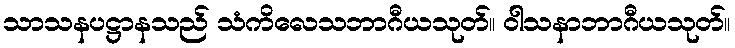
သာသနပဋ္ဌာနသည် သံကိလေသဘာဂီယသုတ်။ ဝါသနာဘာဂီယသုတ်။